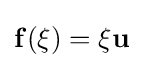
\mathbf {f} (\xi )=\xi \mathbf {u}